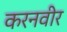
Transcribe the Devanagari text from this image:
करनवीर